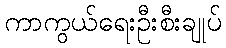
ကာကွယ်ရေးဦးစီးချုပ်